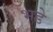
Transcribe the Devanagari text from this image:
भडे